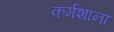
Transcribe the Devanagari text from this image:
कर्मशाना